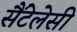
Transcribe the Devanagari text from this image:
सैंटेलेसी